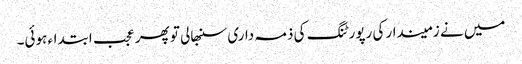
میں نے زمیندار کی رپورٹنگ کی ذمہ داری سنبھالی تو پھر عجب ابتداء ہوئی۔